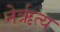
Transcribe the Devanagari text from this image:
नेर्ऋत्य